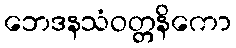
ဘေဒနသံဝတ္တနိကော